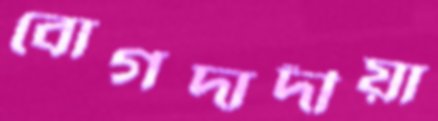
বোগদাদীয়া